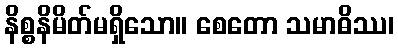
နိစ္စနိမိတ်မရှိသော။ စေတော သမာဓိဿ၊